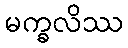
မက္ခလိဿ